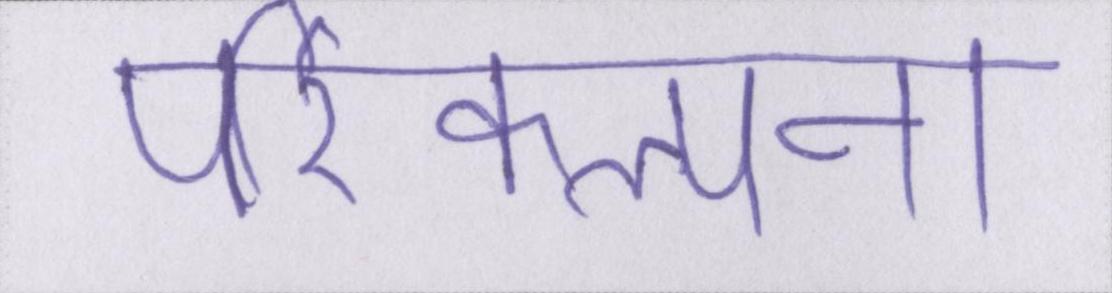
परिकल्पना